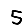
Digit: 5